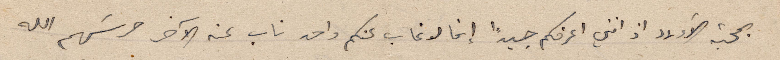
بمحبة الأولاد اذ انني اعرفكم جيداً إنما لو غاب عنكم واحد غاب عنه الآخر حرسَهم الله